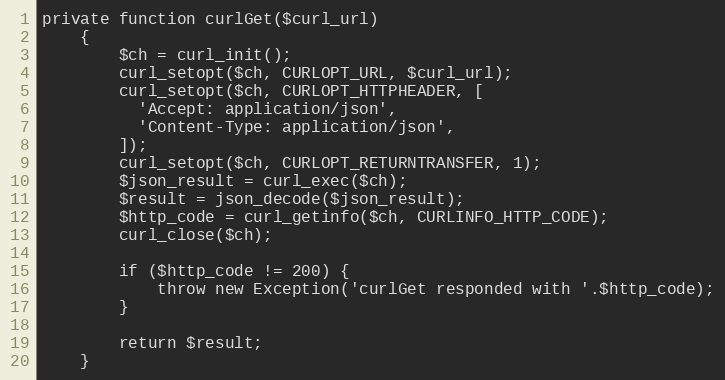
Language: PHP
private function curlGet($curl_url)
    {
        $ch = curl_init();
        curl_setopt($ch, CURLOPT_URL, $curl_url);
        curl_setopt($ch, CURLOPT_HTTPHEADER, [
          'Accept: application/json',
          'Content-Type: application/json',
        ]);
        curl_setopt($ch, CURLOPT_RETURNTRANSFER, 1);
        $json_result = curl_exec($ch);
        $result = json_decode($json_result);
        $http_code = curl_getinfo($ch, CURLINFO_HTTP_CODE);
        curl_close($ch);

        if ($http_code != 200) {
            throw new Exception('curlGet responded with '.$http_code);
        }

        return $result;
    }